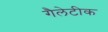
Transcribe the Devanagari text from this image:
गैलेटीक